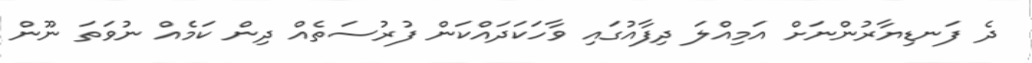
ދެ ފަނޑިޔާރުންނަށް އަމިއްލަ ދިފާއުގައި ވާހަކަދައްކަން ފުރުސަތެއް ދިން ކަމެއް ނުވަތަ ނޫން